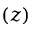
( z )